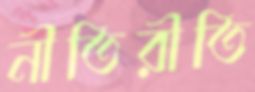
নীতিরীতি